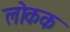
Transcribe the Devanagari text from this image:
लोकक